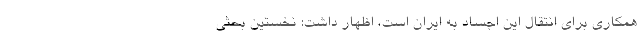
همکاری برای انتقال این اجساد به ایران است، اظهار داشت: نخستین بحثی